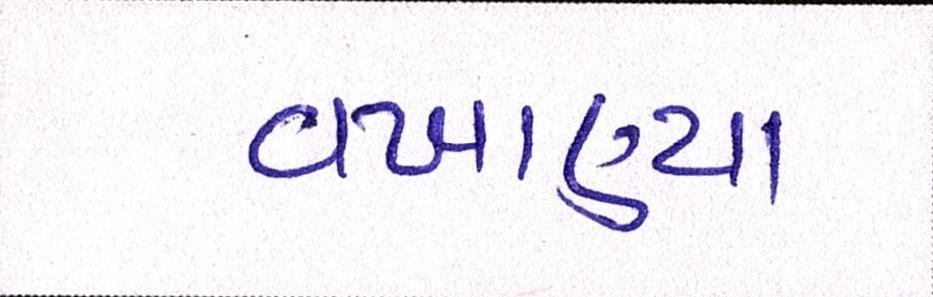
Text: વખાણ્યા